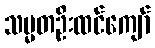
သမ္မတဦးထင်ကျော်